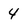
Character: 4